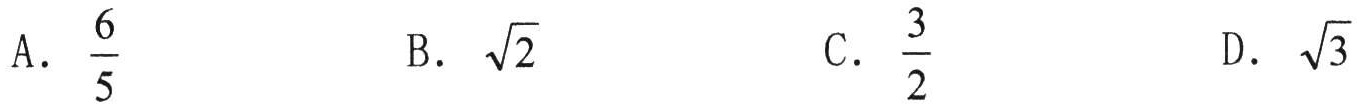
A. $\dfrac{6}{5}$  B. $\sqrt{2}$  C. $\dfrac{3}{2}$  D. $\sqrt{3}$